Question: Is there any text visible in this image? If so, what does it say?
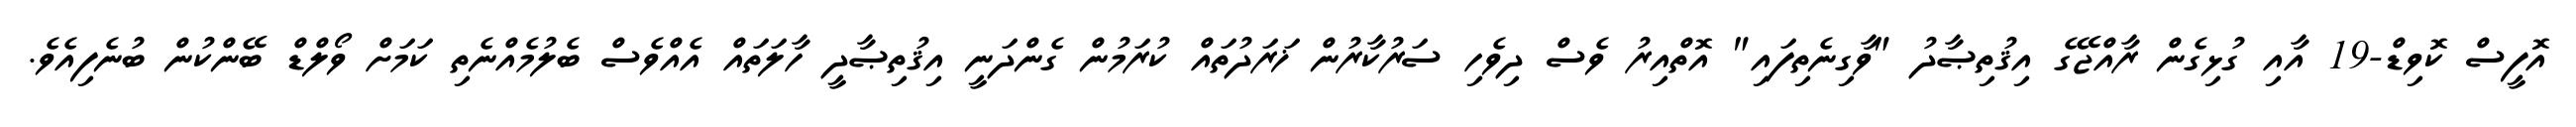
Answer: އޮފީސް ކޮވިޑް-19 އާއި ގުޅިގެން ރާއްޖޭގެ އިޤުތިޞާދު "ވާގިނެތިފައި" އޮތްއިރު ވެސް ދިވެހި ސަރުކާރުން ޚަރަދުތައް ކުރަމުން ގެންދަނީ އިޤުތިޞާދީ ހާލަތައް އެއްވެސް ބެލުމެއްނެތި ކަމަށް ވޯލްޑް ބޭންކުން ބުނެފިއެވެ.